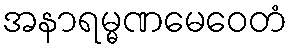
အနာရမ္မဏမေဝေတံ